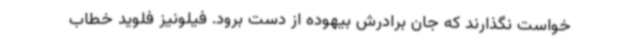
خواست نگذارند که جان برادرش بیهوده از دست برود. فیلونیز فلوید خطاب